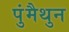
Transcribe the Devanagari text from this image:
पुंमैथुन